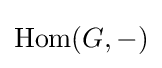
\operatorname {Hom} (G,-)